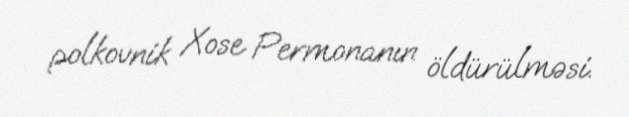
polkovnik Xose Permonanın öldürülməsi.